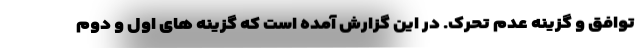
توافق و گزینه عدم تحرک. در این گزارش آمده است که گزینه های اول و دوم